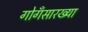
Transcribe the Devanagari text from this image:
गोगँसारख्या